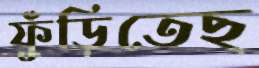
ফুঁড়িতেছ